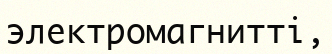
электромагнитті,